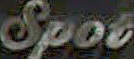
Spot